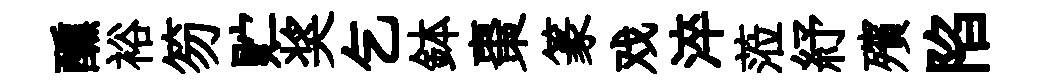
醺裕笏贮奖乞鉢棗篆戏淬蒞紓殯陷